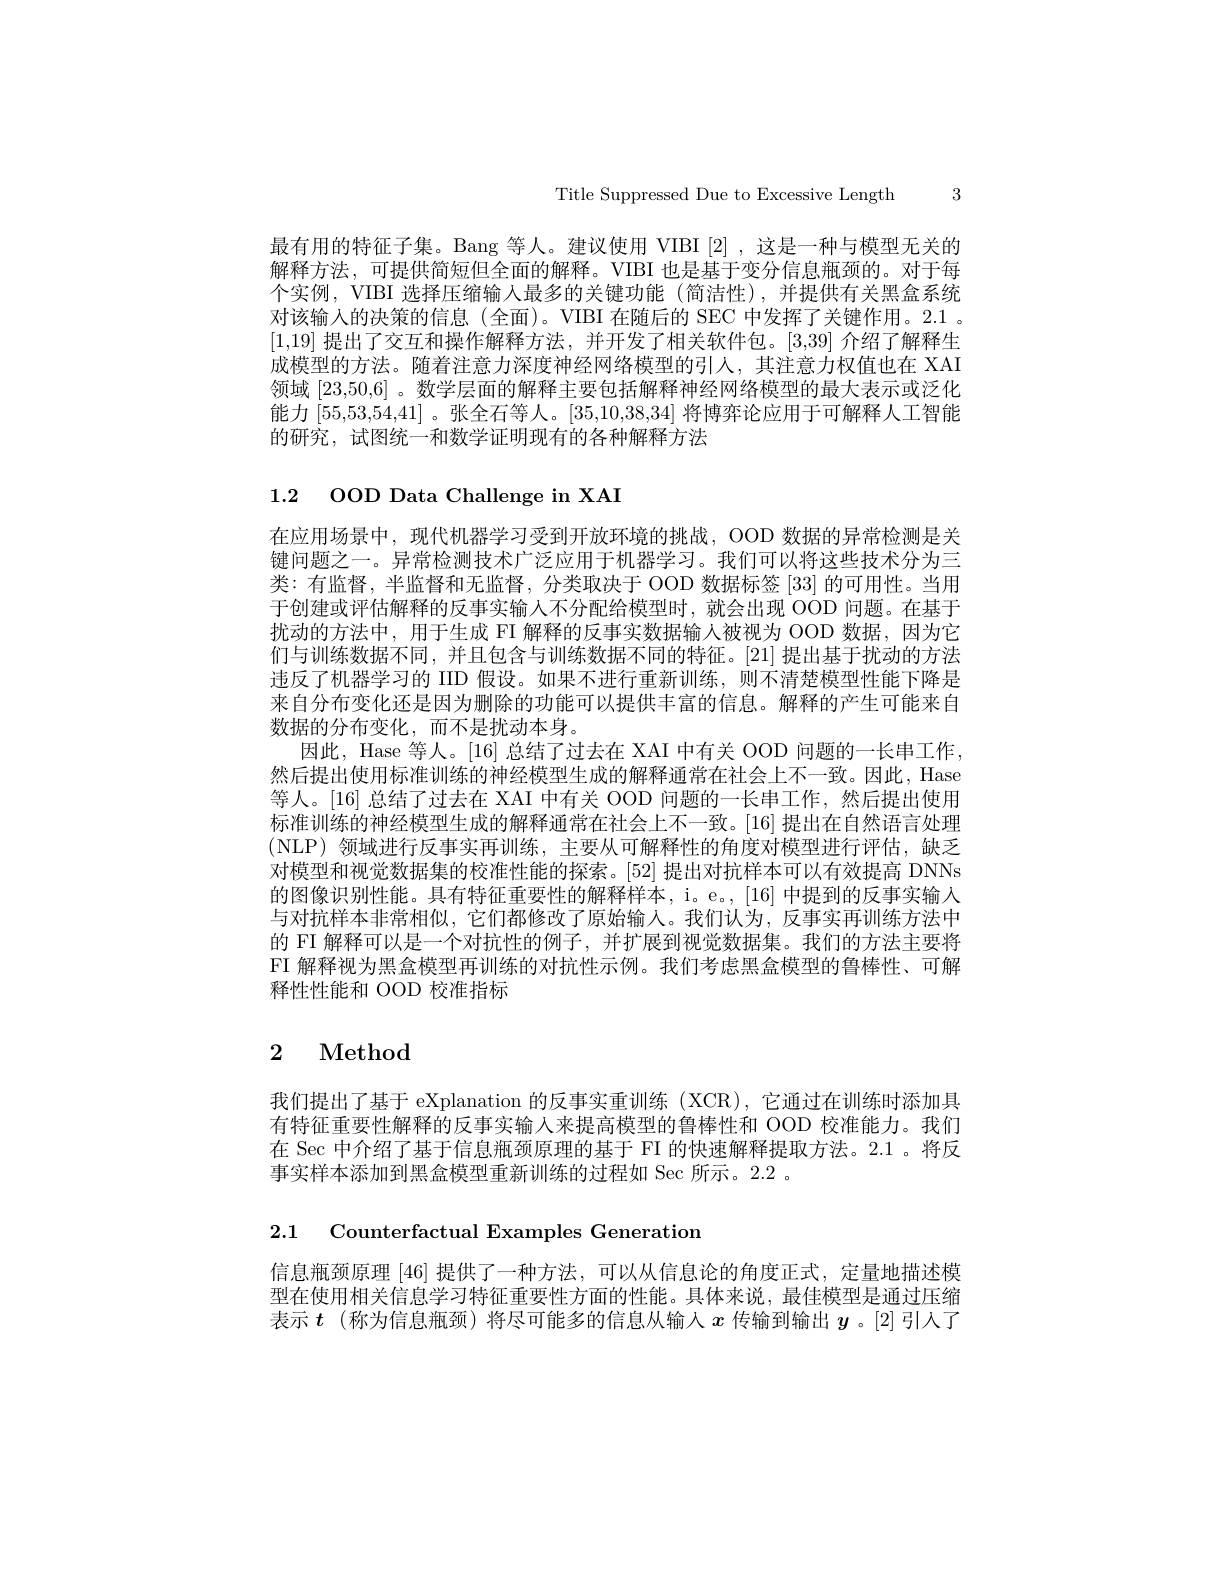
Title Suppressed Due to Excessive Length 3

最有用的特征子集。Bang 等人。建议使用 VIBI [2] ,这是一种与模型无关的解释方法，可提供简短但全面的解释。VIBI 也是基于变分信息瓶颈的。对于每个实例，VIBI 选择压缩输入最多的关键功能 (简洁性),并提供有关黑盒系统对该输入的决策的信息(全面)。VIBI 在随后的 SEC 中发挥了关键作用。2.1 。[1,19]提出了交互和操作解释方法，并开发了相关软件包。[3,39]介绍了解释生成模型的方法。随着注意力深度神经网络模型的引人，其注意力权值也在 XAI 领域[23,50,6] 。数学层面的解释主要包括解释神经网络模型的最大表示或泛化能力[55,53,54,41] 。张全石等人。[35,10,38,34]将博弈论应用于可解释人工智能的研究，试图统一和数学证明现有的各种解释方法

1.2 ooD Data Challenge in XAI

在应用场景中，现代机器学习受到开放环境的挑战，OOD 数据的异常检测是关键问题之一。异常检测技术广泛应用于机器学习。我们可以将这些技术分为三类：有监督，半监督和无监督，分类取决于 OOD 数据标签[33]的可用性。当用于创建或评估解释的反事实输人不分配给模型时，就会出现 OOD 问题。在基于扰动的方法中，用于生成 FI 解释的反事实数据输人被视为 OOD 数据，因为它们与训练数据不同，并且包含与训练数据不同的特征。[21]提出基于扰动的方法违反了机器学习的 IID 假设。如果不进行重新训练，则不清楚模型性能下降是来自分布变化还是因为删除的功能可以提供丰富的信息。解释的产生可能来自数据的分布变化，而不是扰动本身。
因此，Hase 等人。[16] 总结了过去在 XAI 中有关 OOD 问题的一长串工作， 然后提出使用标准训练的神经模型生成的解释通常在社会上不一致。因此，Hase 等人。[16] 总结了过去在 XAI 中有关 OOD 问题的一长串工作，然后提出使用标准训练的神经模型生成的解释通常在社会上不一致。[16] 提出在自然语言处理(NLP)领域进行反事实再训练，主要从可解释性的角度对模型进行评估，缺乏对模型和视觉数据集的校准性能的探索。[52]提出对抗样本可以有效提高 DNNs 的图像识别性能。具有特征重要性的解释样本，i。e。, [16]中提到的反事实输人与对抗样本非常相似，它们都修改了原始输人。我们认为，反事实再训练方法中的 FI 解释可以是一个对抗性的例子，并扩展到视觉数据集。我们的方法主要将FI 解释视为黑盒模型再训练的对抗性示例。我们考虑黑盒模型的鲁棒性、可解释性性能和 OOD 校准指标

# 2 Method

我们提出了基于 eXplanation 的反事实重训练 (XCR), 它通过在训练时添加具有特征重要性解释的反事实输入来提高模型的鲁棒性和 OOD 校准能力。我们在 Sec 中介绍了基于信息瓶颈原理的基于 FI 的快速解释提取方法。2.1 。将反事实样本添加到黑盒模型重新训练的过程如 Sec 所示。2.2 。

2.1 Counterfactual Examples Generation

信息瓶颈原理[46]提供了一种方法，可以从信息论的角度正式，定量地描述模型在使用相关信息学习特征重要性方面的性能。具体来说，最佳模型是通过压缩表示$t$ (称为信息瓶颈) 将尽可能多的信息从输入$x$传输到输出$y$ 。[2] 引人了